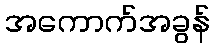
အကောက်အခွန်